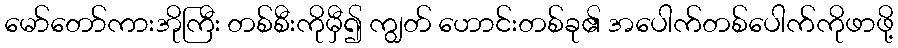
မော်တော်ကားအိုကြီး တစ်စီးကိုမှီ၍ ကျွတ် ဟောင်းတစ်ခု၏ အပေါက်တစ်ပေါက်ကိုဖာဖို့